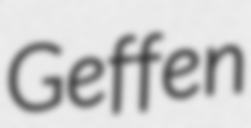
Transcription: Geffen